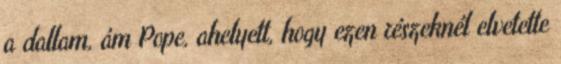
a dallam, ám Pope, ahelyett, hogy ezen részeknél elvetette